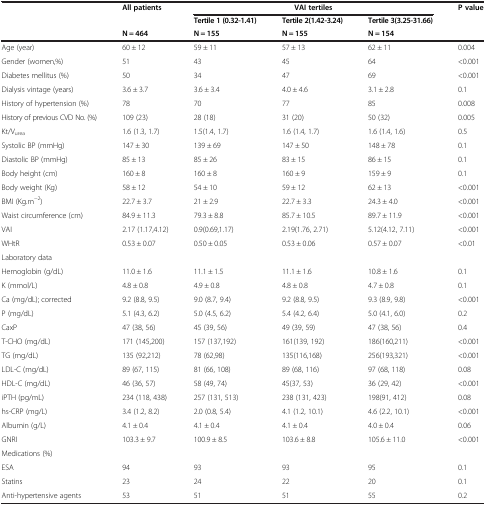
<table><thead><tr><td rowspan="2"></td><td><b>All patients</b></td><td colspan="3"><b>VAI tertiles</b></td><td rowspan="3"><b>P value</b></td></tr><tr><td></td><td><b>Tertile 1 (0.32-1.41)</b></td><td><b>Tertile 2(1.42-3.24)</b></td><td><b>Tertile 3(3.25-31.66)</b></td></tr><tr><td></td><td><b>N = 464</b></td><td><b>N = 155</b></td><td><b>N = 155</b></td><td><b>N = 154</b></td></tr></thead><tbody><tr><td>Age (year)</td><td>60 ± 12</td><td>59 ± 11</td><td>57 ± 13</td><td>62 ± 11</td><td>0.004</td></tr><tr><td>Gender (women,%)</td><td>51</td><td>43</td><td>45</td><td>64</td><td>&lt;0.001</td></tr><tr><td>Diabetes mellitus (%)</td><td>50</td><td>34</td><td>47</td><td>69</td><td>&lt;0.001</td></tr><tr><td>Dialysis vintage (years)</td><td>3.6 ± 3.7</td><td>3.6 ± 3.4</td><td>4.0 ± 4.6</td><td>3.1 ± 2.8</td><td>0.1</td></tr><tr><td>History of hypertension (%)</td><td>78</td><td>70</td><td>77</td><td>85</td><td>0.008</td></tr><tr><td>History of previous CVD No. (%)</td><td>109 (23)</td><td>28 (18)</td><td>31 (20)</td><td>50 (32)</td><td>0.005</td></tr><tr><td>Kt/V<sub>urea</sub></td><td>1.6 (1.3, 1.7)</td><td>1.5(1.4, 1.7)</td><td>1.6 (1.4, 1.7)</td><td>1.6 (1.4, 1.6)</td><td>0.5</td></tr><tr><td>Systolic BP (mmHg)</td><td>147 ± 30</td><td>139 ± 69</td><td>147 ± 50</td><td>148 ± 78</td><td>0.1</td></tr><tr><td>Diastolic BP (mmHg)</td><td>85 ± 13</td><td>85 ± 26</td><td>83 ± 15</td><td>86 ± 15</td><td>0.1</td></tr><tr><td>Body height (cm)</td><td>160 ± 8</td><td>160 ± 8</td><td>160 ± 9</td><td>159 ± 9</td><td>0.1</td></tr><tr><td>Body weight (Kg)</td><td>58 ± 12</td><td>54 ± 10</td><td>59 ± 12</td><td>62 ± 13</td><td>&lt;0.001</td></tr><tr><td>BMI (Kg.m<sup>−2</sup>)</td><td>22.7 ± 3.7</td><td>21 ± 2.9</td><td>22.7 ± 3.3</td><td>24.3 ± 4.0</td><td>&lt;0.001</td></tr><tr><td>Waist circumference (cm)</td><td>84.9 ± 11.3</td><td>79.3 ± 8.8</td><td>85.7 ± 10.5</td><td>89.7 ± 11.9</td><td>&lt;0.001</td></tr><tr><td>VAI</td><td>2.17 (1.17,4.12)</td><td>0.9(0.69,1.17)</td><td>2.19(1.76, 2.71)</td><td>5.12(4.12, 7.11)</td><td>&lt;0.001</td></tr><tr><td>WHtR</td><td>0.53 ± 0.07</td><td>0.50 ± 0.05</td><td>0.53 ± 0.06</td><td>0.57 ± 0.07</td><td>&lt;0.01</td></tr><tr><td>Laboratory data</td><td></td><td></td><td></td><td></td><td></td></tr><tr><td>Hemoglobin (g/dL)</td><td>11.0 ± 1.6</td><td>11.1 ± 1.5</td><td>11.1 ± 1.6</td><td>10.8 ± 1.6</td><td>0.1</td></tr><tr><td>K (mmol/L)</td><td>4.8 ± 0.8</td><td>4.9 ± 0.8</td><td>4.8 ± 0.8</td><td>4.7 ± 0.8</td><td>0.1</td></tr><tr><td>Ca (mg/dL); corrected</td><td>9.2 (8.8, 9.5)</td><td>9.0 (8.7, 9.4)</td><td>9.2 (8.8, 9.5)</td><td>9.3 (8.9, 9.8)</td><td>&lt;0.001</td></tr><tr><td>P (mg/dL)</td><td>5.1 (4.3, 6.2)</td><td>5.0 (4.5, 6.2)</td><td>5.4 (4.2, 6.4)</td><td>5.0 (4.1, 6.0)</td><td>0.2</td></tr><tr><td>CaxP</td><td>47 (38, 56)</td><td>45 (39, 56)</td><td>49 (39, 59)</td><td>47 (38, 56)</td><td>0.4</td></tr><tr><td>T-CHO (mg/dL)</td><td>171 (145,200)</td><td>157 (137,192)</td><td>161(139, 192)</td><td>186(160,211)</td><td>&lt;0.001</td></tr><tr><td>TG (mg/dL)</td><td>135 (92,212)</td><td>78 (62,98)</td><td>135(116,168)</td><td>256(193,321)</td><td>&lt;0.001</td></tr><tr><td>LDL-C (mg/dL)</td><td>89 (67, 115)</td><td>81 (66, 108)</td><td>89 (68, 116)</td><td>97 (68, 118)</td><td>0.08</td></tr><tr><td>HDL-C (mg/dL)</td><td>46 (36, 57)</td><td>58 (49, 74)</td><td>45(37, 53)</td><td>36 (29, 42)</td><td>&lt;0.001</td></tr><tr><td>iPTH (pg/mL)</td><td>234 (118, 438)</td><td>257 (131, 513)</td><td>238 (131, 423)</td><td>198(91, 412)</td><td>0.08</td></tr><tr><td>hs-CRP (mg/L)</td><td>3.4 (1.2, 8.2)</td><td>2.0 (0.8, 5.4)</td><td>4.1 (1.2, 10.1)</td><td>4.6 (2.2, 10.1)</td><td>&lt;0.001</td></tr><tr><td>Albumin (g/L)</td><td>4.1 ± 0.4</td><td>4.1 ± 0.4</td><td>4.1 ± 0.4</td><td>4.0 ± 0.4</td><td>0.06</td></tr><tr><td>GNRI</td><td>103.3 ± 9.7</td><td>100.9 ± 8.5</td><td>103.6 ± 8.8</td><td>105.6 ± 11.0</td><td>&lt;0.001</td></tr><tr><td>Medications (%)</td><td></td><td></td><td></td><td></td><td></td></tr><tr><td>ESA</td><td>94</td><td>93</td><td>93</td><td>95</td><td>0.1</td></tr><tr><td>Statins</td><td>23</td><td>24</td><td>22</td><td>20</td><td>0.1</td></tr><tr><td>Anti-hypertensive agents</td><td>53</td><td>51</td><td>51</td><td>55</td><td>0.2</td></tr></tbody></table>